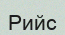
Рийс